Vaccination in Bombay 1869-1873 - 1869-1873
Year: 1869
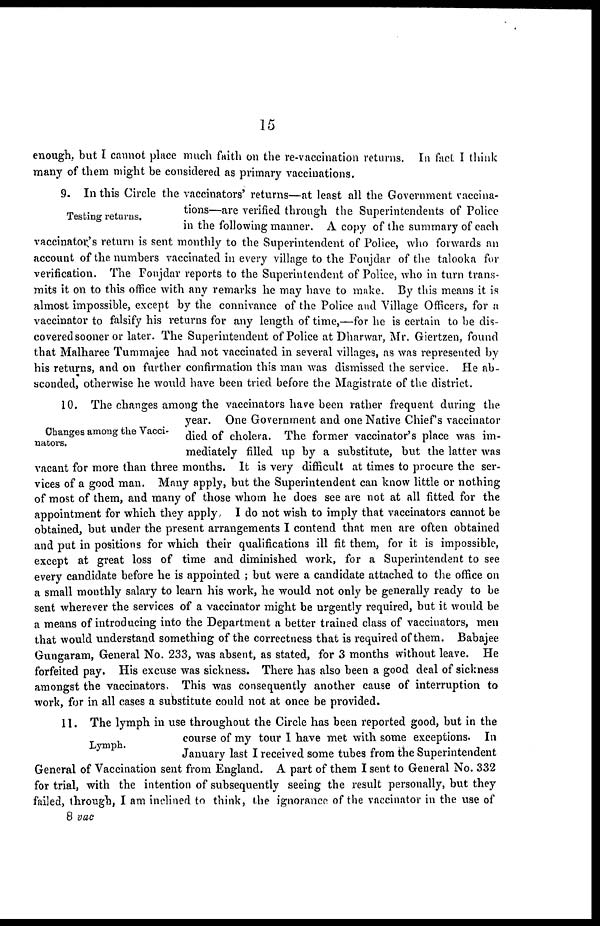
15
enough, but I cannot place much faith on the re-vaccination returns. In fact I think
many of them might be considered as primary vaccinations.
Testing returns.
9. In this Circle the vaccinators' returns—at least all the Government vaccina-
tions—are verified through the Superintendents of Police
in the following manner. A copy of the summary of each
vaccinator's return is sent monthly to the Superintendent of Police, who forwards an
account of the numbers vaccinated in every village to the Foujdar of the talooka for
verification. The Foujdar reports to the Superintendent of Police, who in turn trans-
mits it on to this office with any remarks he may have to make. By this means it is
almost impossible, except by the connivance of the Police and Village Officers, for a
vaccinator to falsify his returns for any length of time,—for he is certain to be dis-
covered sooner or later. The Superintendent of Police at Dharwar, Mr. Giertzen, found
that Malharee Tummajee had not vaccinated in several villages, as was represented by
his returns, and on further confirmation this man was dismissed the service. He ab-
sconded, otherwise he would have been tried before the Magistrate of the district.
Changes among the Vacci-
nators.
10. The changes among the vaccinators have been rather frequent during the
year. One Government and one Native Chief's vaccinator
died of cholera. The former vaccinator's place was im-
mediately filled up by a substitute, but the latter was
vacant for more than three months. It is very difficult at times to procure the ser-
vices of a good man. Many apply, but the Superintendent can know little or nothing
of most of them, and many of those whom he does see are not at all fitted for the
appointment for which they apply, I do not wish to imply that vaccinators cannot be
obtained, but under the present arrangements I contend that men are often obtained
and put in positions for which their qualifications ill fit them, for it is impossible,
except at great loss of time and diminished work, for a Superintendent to see
every candidate before he is appointed ; but were a candidate attached to the office on
a small monthly salary to learn his work, he would not only be generally ready to be
sent wherever the services of a vaccinator might be urgently required, but it would be
a means of introducing into the Department a better trained class of vaccinators, men
that would understand something of the correctness that is required of them. Babajee
Gungaram, General No. 233, was absent, as stated, for 3 months without leave. He
forfeited pay. His excuse was sickness. There has also been a good deal of sickness
amongst the vaccinators. This was consequently another cause of interruption to
work, for in all cases a substitute could not at once be provided.
Lymph.
11. The lymph in use throughout the Circle has been reported good, but in the
course of my tour I have met with some exceptions. In
January last I received some tubes from the Superintendent
General of Vaccination sent from England. A part of them I sent to General No. 332
for trial, with the intention of subsequently seeing the result personally, but they
failed, through, I am inclined to think, the ignorance of the vaccinator in the use of
8 vac